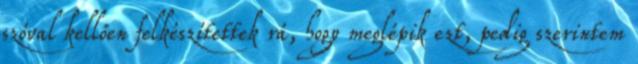
szóval kellően felkészítettek rá, hogy meglépik ezt, pedig szerintem